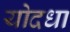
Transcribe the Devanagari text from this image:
योदधा